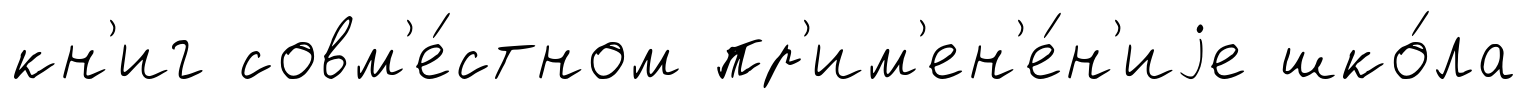
кн'иг совм'е́стном пр'им'ен'е́н'иjе шко́ла